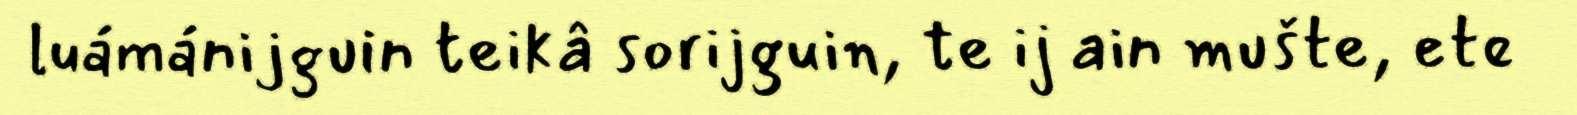
luámánijguin teikâ sorijguin, te ij ain mušte, ete